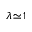
\lambda \! \simeq \! 1